Bombay plague: being a history of the progress of plague in the Bombay presidency from September 1896 to June 1899
Year: 1896
Disease focus: Plague
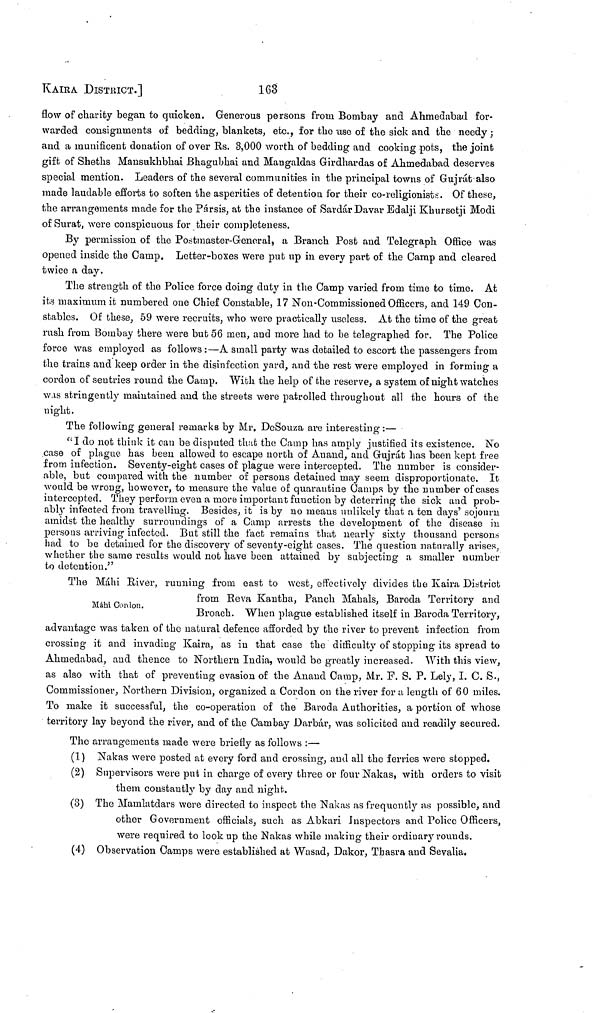
KAIRA DISTRICT.]
163
flow of charity began to quicken. Generous persons from Bombay and Ahmedabad for-
warded consignments of bedding, blankets, etc., for the use of the sick and the needy ;
and a munificent donation of over Rs. 3,000 worth of bedding and cooking pots, the joint
gift of Sheths Mansukhbhai Bhagubhai and Mangaldas Girdhardas of Ahmedabad deserves
special mention. Leaders of the several communities in the principal towns of Gujrát also
made laudable efforts to soften the asperities of detention for their co-religionists. Of these,
the arrangements made for the Pársis, at the instance of Sardár Davar Edalji Khursetji Modi
of Surat, were conspicuous for their completeness.
By permission of the Postmaster-General, a Branch Post and Telegraph Office was
opened inside the Camp. Letter-boxes were put up in every part of the Camp and cleared
twice a day.
The strength of the Police force doing duty in the Camp varied from time to time. At
its maximum it numbered one Chief Constable, 17 Non-Commissioned Officers, and 149 Con-
stables. Of these, 59 were recruits, who were practically useless. At the time of the great
rush from Bombay there were but 56 men, and more had to be telegraphed for. The Police
force was employed as follows :—A small party was detailed to escort the passengers from
the trains and keep order in the disinfection yard, and the rest were employed in forming a
cordon of sentries round the Camp. With the help of the reserve, a system of night watches
was stringently maintained and the streets were patrolled throughout all the hours of the
night.
The following general remarks by Mr, DeSouza are interesting :—
"I do not think it can be disputed that the Camp has amply justified its existence. No
case of plague has been allowed to escape north of Anand, and Gujrát has been kept free
from infection. Seventy-eight cases of plague were intercepted. The number is consider-
able, but compared with the number of persons detained may seem disproportionate. It
would be wrong, however, to measure the value of quarantine Camps by the number of cases
intercepted. They perform even a more important function by deterring the sick and prob-
ably infected from travelling. Besides, it is by no means unlikely that a ten days' sojourn
amidst the healthy surroundings of a Camp arrests the development of the disease in
persons arriving infected. But still the fact remains that nearly sixty thousand persons
had to be detained for the discovery of seventy-eight cases. The question naturally arises,
whether the same results would not have been attained by subjecting a smaller number
to detention."
Máhi Cordon.
The Máhi River, running from east to west, effectively divides the Kaira District
from Reva Kantha, Panch Mahals, Baroda Territory and
Broach. When plague established itself in Baroda Territory,
advantage was taken of the natural defence afforded by the river to prevent infection from
crossing it and invading Kaira, as in that case the difficulty of stopping its spread to
Ahmedabad, and thence to Northern India, would be greatly increased. With this view,
as also with that of preventing evasion of the Anand Camp, Mr. F. S. P. Lely, I. C. S.,
Commissioner, Northern Division, organized a Cordon on the river for a length of 60 miles.
To make it successful, the co-operation of the Baroda Authorities, a portion of whose
territory lay beyond the river, and of the Cambay Darbár, was solicited and readily secured.
The arrangements made were briefly as follows :—
(1) Nakas were posted at every ford and crossing, and all the ferries were stopped.
(2) Supervisors were put in charge of every three or four Nakas, with orders to visit
them constantly by day and night.
(3) The Mamlatdars were directed to inspect the Nakas as frequently as possible, and
other Government officials, such as Abkari Inspectors and Police Officers,
were required to look up the Nakas while making their ordinary rounds.
(4) Observation Camps were established at Wasad, Dakor, Tbasra and Sevalia.